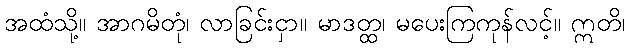
အထံသို့။ အာဂမိတုံ၊ လာခြင်းငှာ။ မာဒတ္ထ၊ မပေးကြကုန်လင့်။ ဣတိ၊